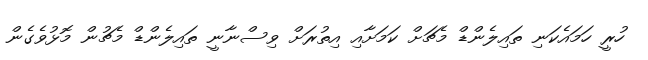
ހުރީ ހަމައެކަނި ތައިލެންޑް މެޗަށް ކަމަށާއި އިތުރަށް ވިސްނާނީ ތައިލެންޑް މެޗުން މޮޅުވެގެން